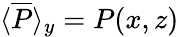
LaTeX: \langle\overline{{P}}\rangle_{y}=P(x,z)